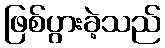
ဖြစ်ပွားခဲ့သည်